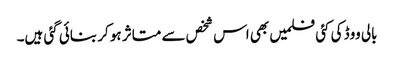
بالی ووڈ کی کئی فلمیں بھی اس شخص سے متاثر ہو کر بنائی گئی ہیں۔